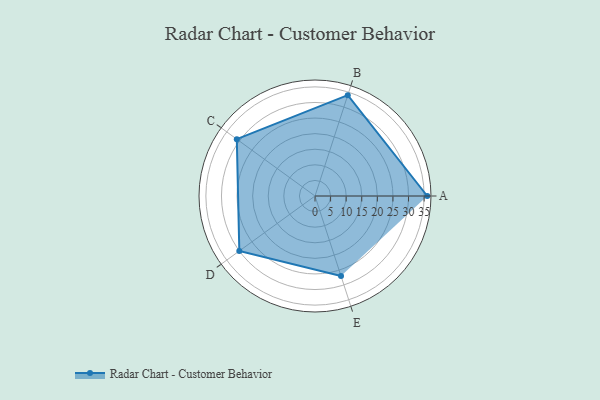
{"axis": {"x": "Skill", "y": "Score"}, "legend": ["Profile"], "data": [{"x": "A", "y": 36.0, "type": "Profile"}, {"x": "B", "y": 34.0, "type": "Profile"}, {"x": "C", "y": 31.0, "type": "Profile"}, {"x": "D", "y": 30.0, "type": "Profile"}, {"x": "E", "y": 27.0, "type": "Profile"}]}